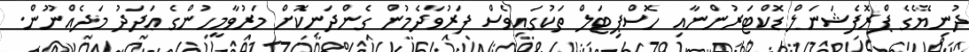
ދުނިޔޭގެ ޕްރޮފެޝަނަލް ޑޮކްޓަރުންނާއި ހޮސްޕިޓަލް ތަކުގައިވެސް ފަރުވާދެމުން ގެންދަނިކޮށް މަރުވާމީހުންގެ ޢަދަދު މަދެއްނޫން.